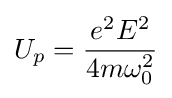
U_{p}={e^{2}E^{2} \over 4m\omega _{0}^{2}}